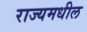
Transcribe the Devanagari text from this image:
राज्यमधील